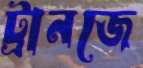
ট্রানজে